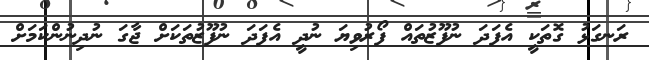
ރަނގަޅު ގޮތަކީ އެފަދަ ނުފޫޒުތައް ފޯރުވިޔަ ނުދީ އެފަދަ ނުފޫޒުތަކަށް ޖާގަ ނުދިނުންކަމަށް